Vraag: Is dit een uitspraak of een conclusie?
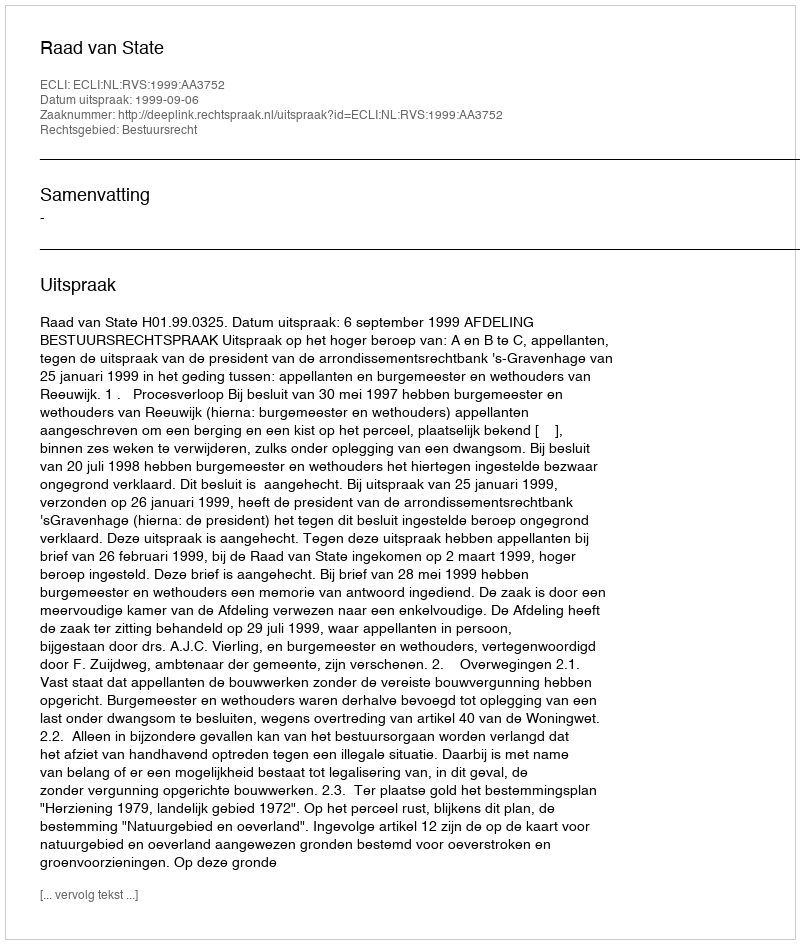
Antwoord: Uitspraak